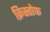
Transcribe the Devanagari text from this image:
क्रिस्तोफ